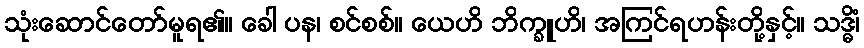
သုံးဆောင်တော်မူရ၏။ ခေါ ပန၊ စင်စစ်။ ယေဟိ ဘိက္ခူဟိ၊ အကြင်ရဟန်းတို့နှင့်။ သဒ္ဓိံ၊